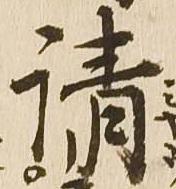
請